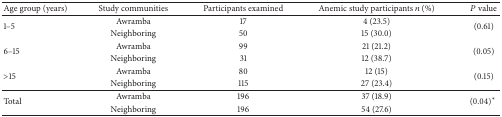
<table><thead><tr><td><b>Age group (years)</b></td><td><b>Study communities</b></td><td><b>Participants examined</b></td><td><b>Anemic study participants <i>n</i> (%)</b></td><td><b><i>P</i> value</b></td></tr></thead><tbody><tr><td rowspan="2">1–5</td><td>Awramba</td><td>17</td><td>4 (23.5)</td><td rowspan="2">(0.61)</td></tr><tr><td>Neighboring</td><td>50</td><td>15 (30.0)</td></tr><tr><td rowspan="2">6–15</td><td>Awramba</td><td>99</td><td>21 (21.2)</td><td rowspan="2">(0.05)</td></tr><tr><td>Neighboring</td><td>31</td><td>12 (38.7)</td></tr><tr><td rowspan="2">&gt;15</td><td>Awramba</td><td>80</td><td>12 (15)</td><td rowspan="2">(0.15)</td></tr><tr><td>Neighboring</td><td>115</td><td>27 (23.4)</td></tr><tr><td rowspan="2">Total</td><td>Awramba</td><td>196</td><td>37 (18.9)</td><td rowspan="2">(0.04)∗</td></tr><tr><td>Neighboring</td><td>196</td><td>54 (27.6)</td></tr></tbody></table>